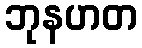
ဘုနဟတ